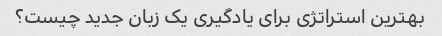
بهترین استراتژی برای یادگیری یک زبان جدید چیست؟